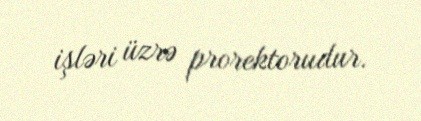
işləri üzrə prorektorudur.